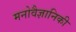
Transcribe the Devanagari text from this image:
मनोवैज्ञानिकी